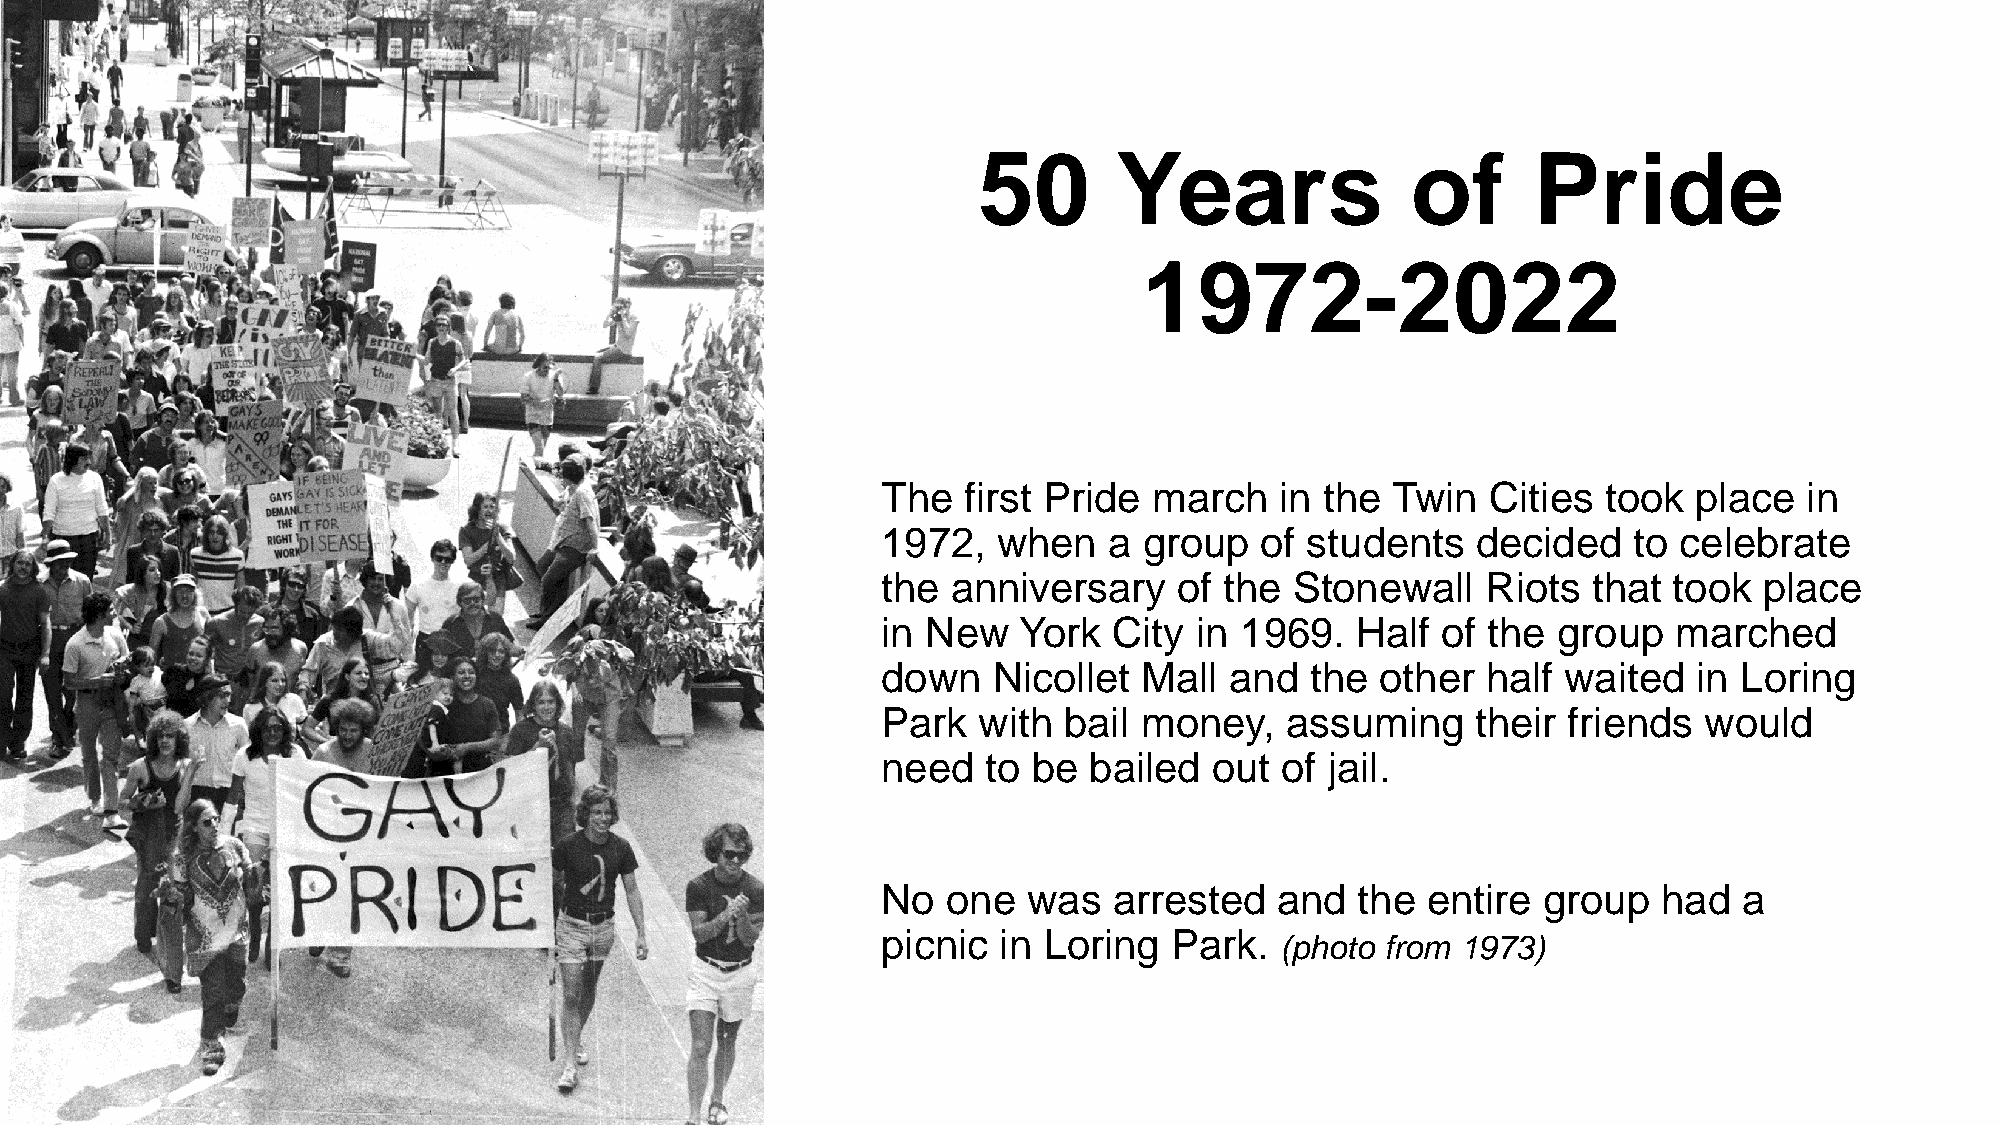
50       Years              of      Pride
 1972-2022
 The   first Pride march    in the Twin   Cities took  place   in
 1972,   when   a  group  of students    decided   to celebrate
 the  anniversary    of the  Stonewall   Riots  that  took  place
 in New   York   City in 1969.   Half of the  group   marched
 down    Nicollet  Mall and   the other  half  waited  in Loring
 Park   with bail money,    assuming     their friends  would
 need   to be  bailed  out  of jail.
 No   one  was   arrested  and   the entire  group   had  a
 picnic  in Loring  Park.
 (photo from 1973)